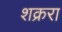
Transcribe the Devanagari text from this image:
शक्ररा